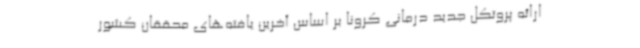
ارائه پروتکل جدید درمانی کرونا بر اساس آخرین یافته‌های محققان کشور